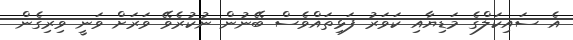
އެ ސައިކަލްގެ މަޑިޔާއި ކަވަރު ފަޅިތައްވެސް ބޭނުން ނުކުރެވޭ ވަރަށް ވަނީ ވިރިގެން